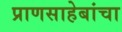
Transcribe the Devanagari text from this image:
प्राणसाहेबांचा